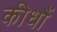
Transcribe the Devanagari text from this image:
कीधौं